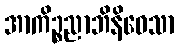
အာကိဉ္စညာဘိနိဝေသာ